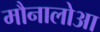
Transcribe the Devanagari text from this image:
मौनालोआ